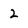
Character: 2